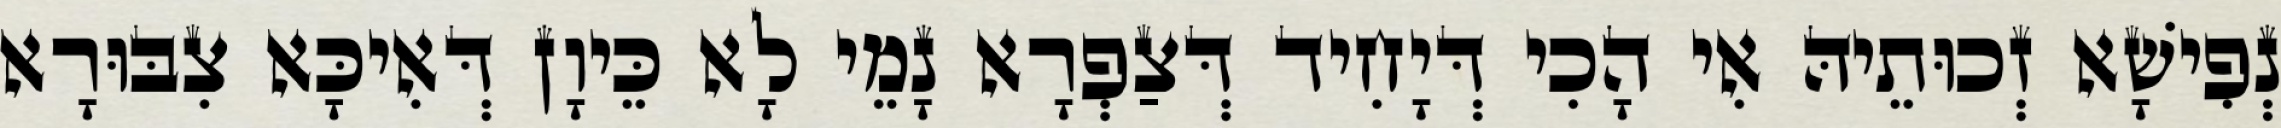
נְפִישָׁא זְכוּתֵיהּ אִי הָכִי דְּיָחִיד דְּצַפְרָא נָמֵי לָא כֵּיוָן דְּאִיכָּא צִבּוּרָא